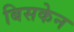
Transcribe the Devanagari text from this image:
बिसकेन